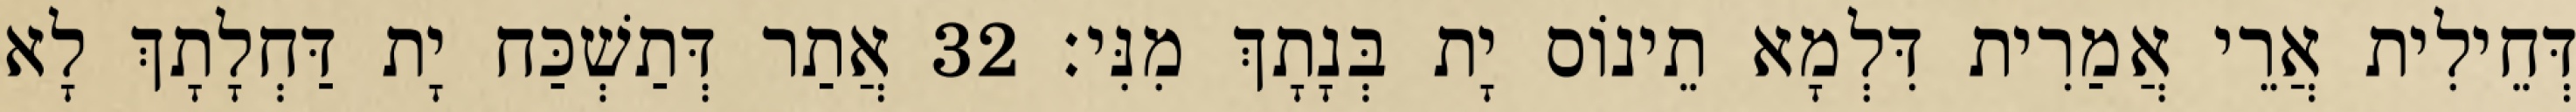
דְּחֵילִית אֲרֵי אֲמַרִית דִּלְמָא תֵינוֹס יָת בְּנָתָךְ מִנִּי׃ 32 אֲתַר דְּתַשְׁכַּח יָת דַּחְלָתָךְ לָא